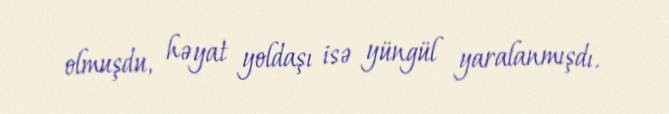
olmuşdu, həyat yoldaşı isə yüngül yaralanmışdı.